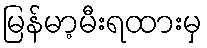
မြန်မာ့မီးရထားမှ